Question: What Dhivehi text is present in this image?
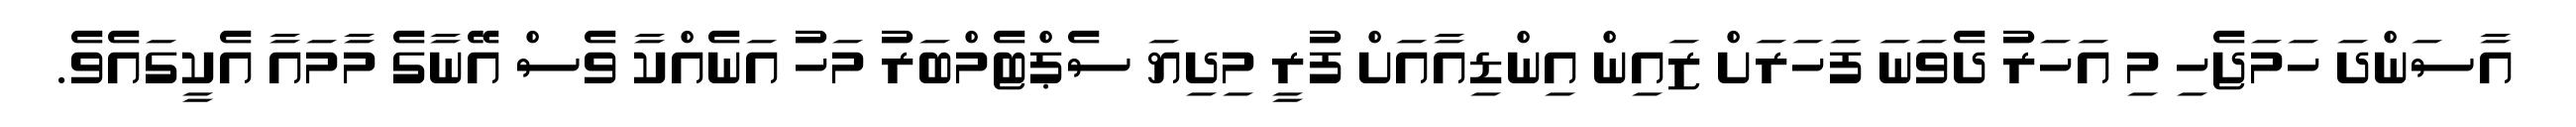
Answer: އާސަންދަ ހަމަޖެހި މި އަހަރު ދެވަނަ ފަހަރަށް ޒައިން އިންޑިއާއަށް ފުރީ މިދިޔަ ސެޕްޓެމްބަރު މަހު އަނެއްކާ ވެސް އޭނާގެ މާމައާ އެކީގައެވެ.